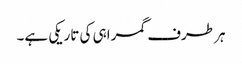
ہر طرف گمراہی کی تاریکی ہے۔